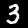
Digit: 3